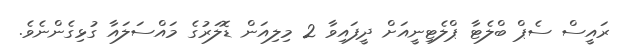
ރައީސް ސެޕް ބްލެޓާ ޕްލެޓިނީއަށް ދީފައިވާ 2 މިލިއަން ޑޮލަރުގެ މައްސަލައާ ގުޅިގެންނެވެ.